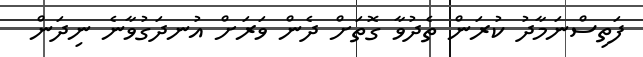
ފަތިސްނަމާދު ކުރަން ތެދުވާ ގޮތަށް ދެން ވަރަށް އުނދަގުވާނެ ނިދަން